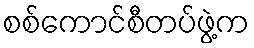
စစ်ကောင်စီတပ်ဖွဲ့က